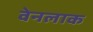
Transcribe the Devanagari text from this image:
वेनलाक